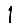
Digit: 1